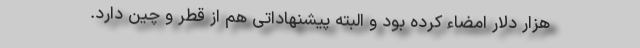
هزار دلار امضاء کرده بود و البته پیشنهاداتی هم از قطر و چین دارد.